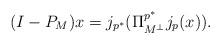
LaTeX: \begin{align*} (I-P_M)x = j_{p^*}(\Pi^{p^*}_{M^\perp}j_p(x)).\end{align*}